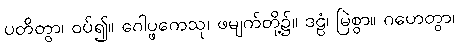
ပတိတွာ၊ ဝပ်၍။ ဂေါပ္ဖကေသု၊ ဖမျက်တို့၌။ ဒဠံ၊ မြဲစွာ။ ဂဟေတွာ၊